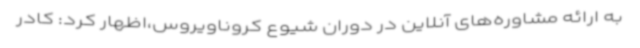
به ارائه مشاوره‌های آنلاین در دوران شیوع کروناویروس،اظهار کرد: کادر